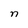
Character: n